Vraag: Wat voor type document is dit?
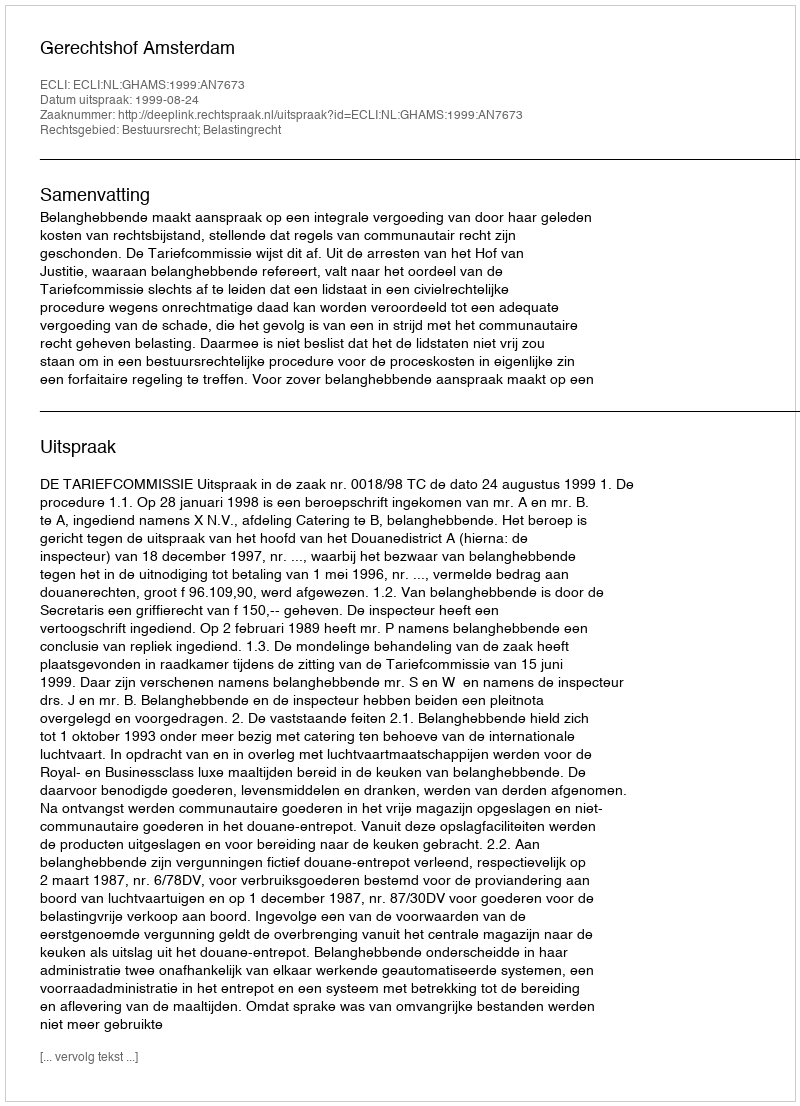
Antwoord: Uitspraak